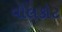
વોલકોટ